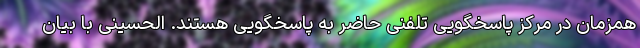
همزمان در مرکز پاسخگویی تلفنی حاضر به پاسخگویی هستند. الحسینی با بیان